Scottish Leaving Certificate Examination, 1957
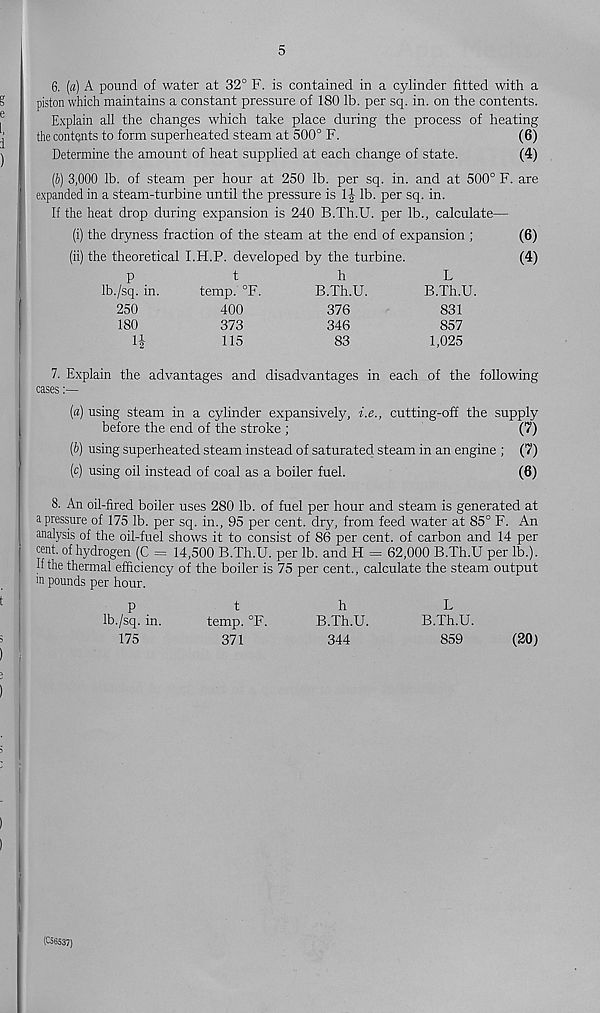
5
6. [a) A pound of water at 32° F. is contained in a cylinder fitted with a
piston which maintains a constant pressure of 180 lb. per sq. in. on the contents.
Explain all the changes which take place during the process of heating
the contents to form superheated steam at 500° F.
(6)
Determine the amount of heat supplied at each change of state.
(4)
(6) 3,000 lb. of steam per hour at 250 lb. per sq. in. and at 500° F. are
expanded in a steam-turbine until the pressure is 1| lb. per sq. in.
If the heat drop during expansion is 240 B.Th.U. per lb., calculate—
(i) the dryness fraction of the steam at the end of expansion ;
(6)
(ii) the theoretical I.H.P. developed by the turbine.
(4)
p
t
h
L
Ib./sq. in.
temp. °F.
B.Th.U.
B.Th.U.
250
400
376
831
180
373
346
857
1!
115
83
1,025
7. Explain the advantages and disadvantages in each of the following
cases:—
(a) using steam in a cylinder expansively, i.e., cutting-off the supply
before the end of the stroke ;
(7)
(b) using superheated steam instead of saturated steam in an engine ; (7)
(c) using oil instead of coal as a boiler fuel.
(6)
8. An oil-fired boiler uses 280 lb. of fuel per hour and steam is generated at
a pressure of 175 lb. per sq. in., 95 per cent, dry, from feed water at 85° F. An
analysis of the oil-fuel shows it to consist of 86 per cent, of carbon and 14 per
cent, of hydrogen (C = 14,500 B.Th.U. per lb. and H = 62,000 B.Th.U per lb.).
Hthe thermal efficiency of the boiler is 75 per cent., calculate the steam output
!n pounds per hour.
p
t
h
Ib./sq. in.
temp. °F.
B.Th.U.
175
371
344
L
B.Th.U.
859
(20)
(C56537)